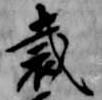
裁